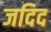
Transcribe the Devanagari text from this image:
जदिद